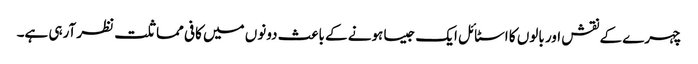
چہرے کے نقش اور بالوں کا اسٹائل ایک جیسا ہونے کے باعث دونوں میں کافی مماثلت نظر آرہی ہے۔